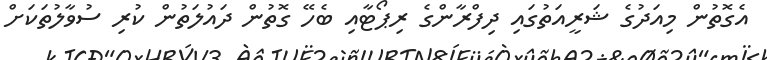
އެގޮތުން މިއަދުގެ ޝަރީއަތުގައި ދިފްރާންގެ ރިޕޯޓާއި ބެހޭ ގޮތުން ދައުލަތުން ކުރި ސުވާލުތަކަށް